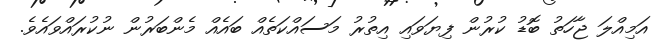
އަމިއްލަ ޖާހަތު ބޮޑު ކުރުން ފިޔަވައި އިތުރު މަސައްކަތެއް ބައެއް މެންބަރުން ނުކުރައްވައެވެ.